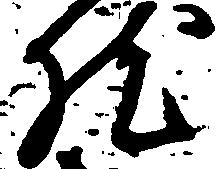
然